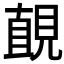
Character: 𧡚